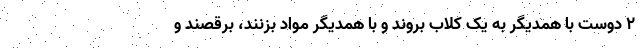
2 دوست با همدیگر به یک کلاب بروند و با همدیگر مواد بزنند، برقصند و